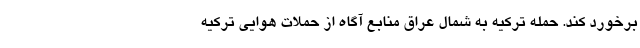
برخورد کند. حمله ترکیه به شمال عراق منابع آگاه از حملات هوایی ترکیه